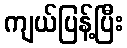
ကျယ်ပြန့်ပြီး